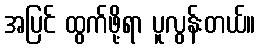
အပြင် ထွက်ဖို့ရာ ပူလွန်းတယ်။